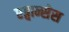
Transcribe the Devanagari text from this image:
एड्वान्सेस